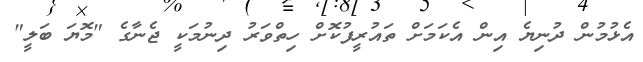
އެޅުމުން ދުނިޔެ އިން އެކަމަށް ތައުރީފުކޮށް ހިތްވަރު ދިނުމަކީ ޖެނާގެ "މޮޔަ ބަލީ"